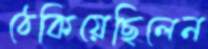
ঠেকিয়েছিলেন